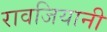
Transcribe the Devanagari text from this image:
रावजियानी